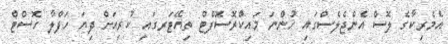
އެމެރިކާގެ ލޮސް އެންޖެލެސްގައި ހުންނަ މައިކްރޮސޮފްޓް ތިއޭޓަރގައި ކުރިއަށް ދިޔަ ހަފްލާ ހޮސްޓް